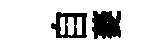
自菱